Cholera in India, 1862 to 1881
Year: 1862
Disease focus: Cholera
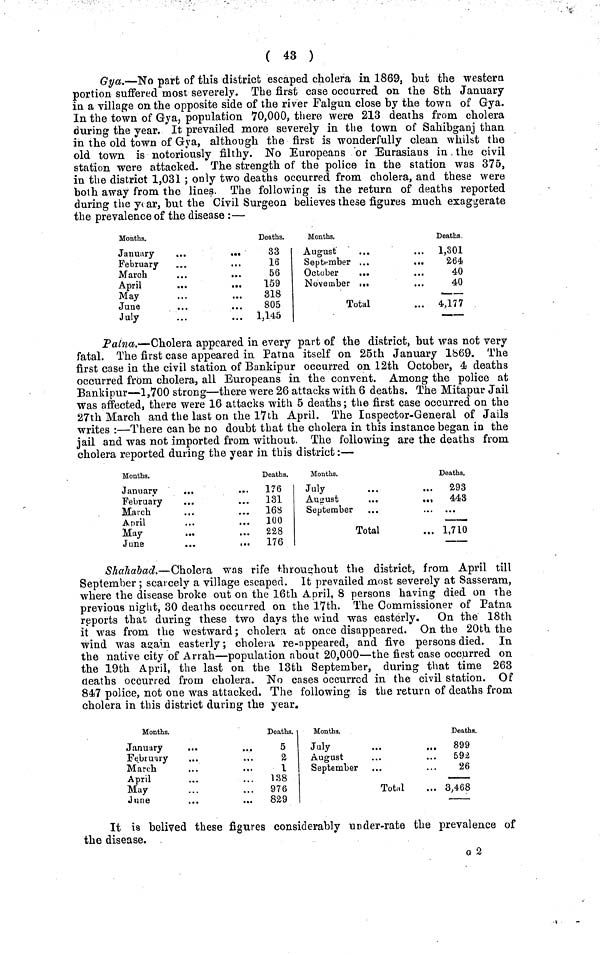
( 43 )
Gya.—No part of this district escaped cholera in 1869, but the western
portion suffered most severely. The first case occurred on the 8th January
in a village on the opposite side of the river Falgun close by the town of Gya.
In the town of Gya, population 70,000, there were 213 deaths from cholera
during the year. It prevailed more severely in the town of Sahibganj than
in the old town of Gya, although the first is wonderfully clean whilst the
old town is notoriously filthy. No Europeans or Eurasians in the civil
station were attacked. The strength of the police in the station was 375,
in the district 1,031; only two deaths occurred from cholera, and these were
both away from the lines The following is the return of deaths reported
during the year, but the Civil Surgeon believes these figures much exaggerate
the prevalence of the disease :—
Months.
January
..
..
February
March
April
..
..
May
June
July
Deaths.
33
16
56
159
318
805
1,145
Months.
August
September ...
...
October
...
November ...
...
Total
Deaths.
1,301
264
40
40
4,177
Patna.—Cholera appeared in every part of the district, but was not very
fatal. The first case appeared in Patna itself on 25th January 1869. The
first case in the civil station of Bankipur occurred on 12th October, 4 deaths
occurred from cholera, all Europeans in the convent. Among the police at
Bankipur—1,700 strong—there were 26 attacks with 6 deaths. The Mitapur Jail
was affected, there were 16 attacks with 5 deaths; the first case occurred on the
27th March and the last on the 17th April. The Inspector-General of Jails
writes :—There can be no doubt that the cholera in this instance began in the
jail and was not imported from without. The following are the deaths from
cholera reported during the year in this district:—
Months.
January
...
February
March
April
...
...
May
June
...
...
Deaths.
176
131
168
100
228
176
Months.
July
August
...
..,
September
Total
Deaths.
293
443
...
1,710
Shahabad.—Cholera was rife throughout the district, from April till
September ; scarcely a village escaped. It prevailed most severely at Sasseram,
where the disease broke out on the 16th April, 8 persons having died on the
previous night, 30 deaths occurred on the 17th. The Commissioner of Patna
reports that during these two days the wind was easterly. On the 18th
it was from the westward; cholera at once disappeared. On the 20th the
wind was again easterly; cholera re-appeared, and five persons died. In
the native city of Arrah—population about 20,000—the first case occurred on
the 19th April, the last on the 13th September, during that time 263
deaths occurred from cholera. No cases occurred in the civil station. Of
847 police, not one was attacked. The following is the return of deaths from
cholera in this district during the year.
Months.
January
February
..
.,
March
April
May
June
..
..
Deaths.
5
2
1
138
976
829
Months.
July
August
September
Total
Deaths.
899
592
26
3,468
It is belived these figures considerably under-rate the prevalence of
the disease.
G 2